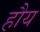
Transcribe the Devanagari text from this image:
हौय